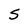
Character: 5